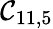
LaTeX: \mathcal{C}_{11,5}